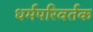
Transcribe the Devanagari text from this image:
धर्मपरिवर्तक